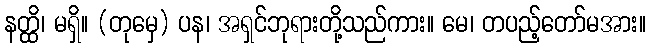
နတ္ထိ၊ မရှိ။ (တုမှေ) ပန၊ အရှင်ဘုရားတို့သည်ကား။ မေ၊ တပည့်တော်မအား။